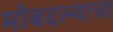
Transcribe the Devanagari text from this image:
मोबदल्याचा